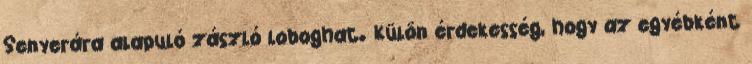
Senyerára alapuló zászló loboghat. Külön érdekesség, hogy az egyébként